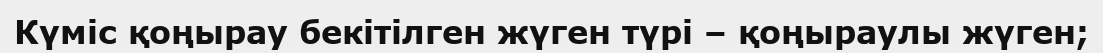
Күміс қоңырау бекітілген жүген түрі – қоңыраулы жүген;